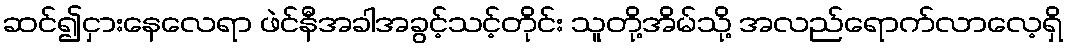
ဆင်၍ငှားနေလေရာ ဖဲင်နီအခါအခွင့်သင့်တိုင်း သူတို့အိမ်သို့ အလည်ရောက်လာလေ့ရှိ